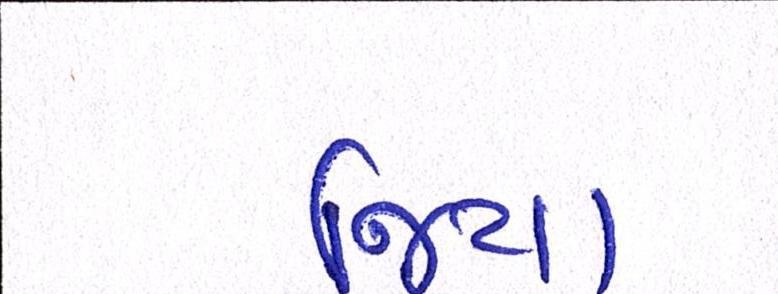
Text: જિયા